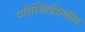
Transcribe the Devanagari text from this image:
परिस्थितीमधील